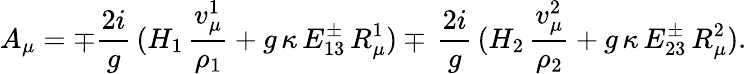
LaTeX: A_{\mu}=\mp{\frac{2i}{g}}\, (H_{1}\, {\frac{v_{\mu}^{1}}{\rho_{1}}}+g\, \kappa\, E_{13}^{\pm}\, R_{\mu}^{1})\mp\, {\frac{2i}{g}}\, (H_{2}\, {\frac{v_{\mu}^{2}}{\rho_{2}}}+g\, \kappa\, E_{23}^{\pm}\, R_{\mu}^{2}).